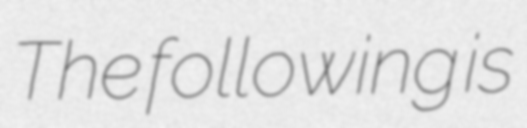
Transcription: The following is